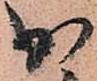
少